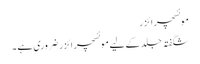
موئسچرائزر
شگفتہ جلد کے لیے موئسچر ائزر ضروری ہے ۔